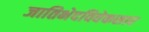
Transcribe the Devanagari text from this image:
जातिभेदविवेकसार